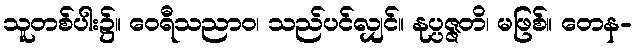
သူတစ်ပါး၌။ ဝေရီသညာဝ၊ သည်ပင်လျှင်။ နုပ္ပဇ္ဇတိ၊ မဖြစ်။ တေန-